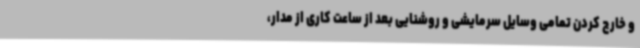
و خارج کردن تمامی وسایل سرمایشی و روشنایی بعد از ساعت کاری از مدار،